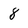
Character: 8